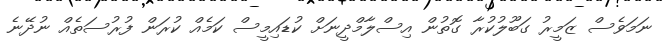
ނަމަވެސް ޒަމީރު ގަބޫލުކުރާ ގޮތުން އިސްލާމްދީނަށް ކުޑައިމީސް ކަމެއް ކުރަން ފުރުސަތެއް ނުދޭނެ